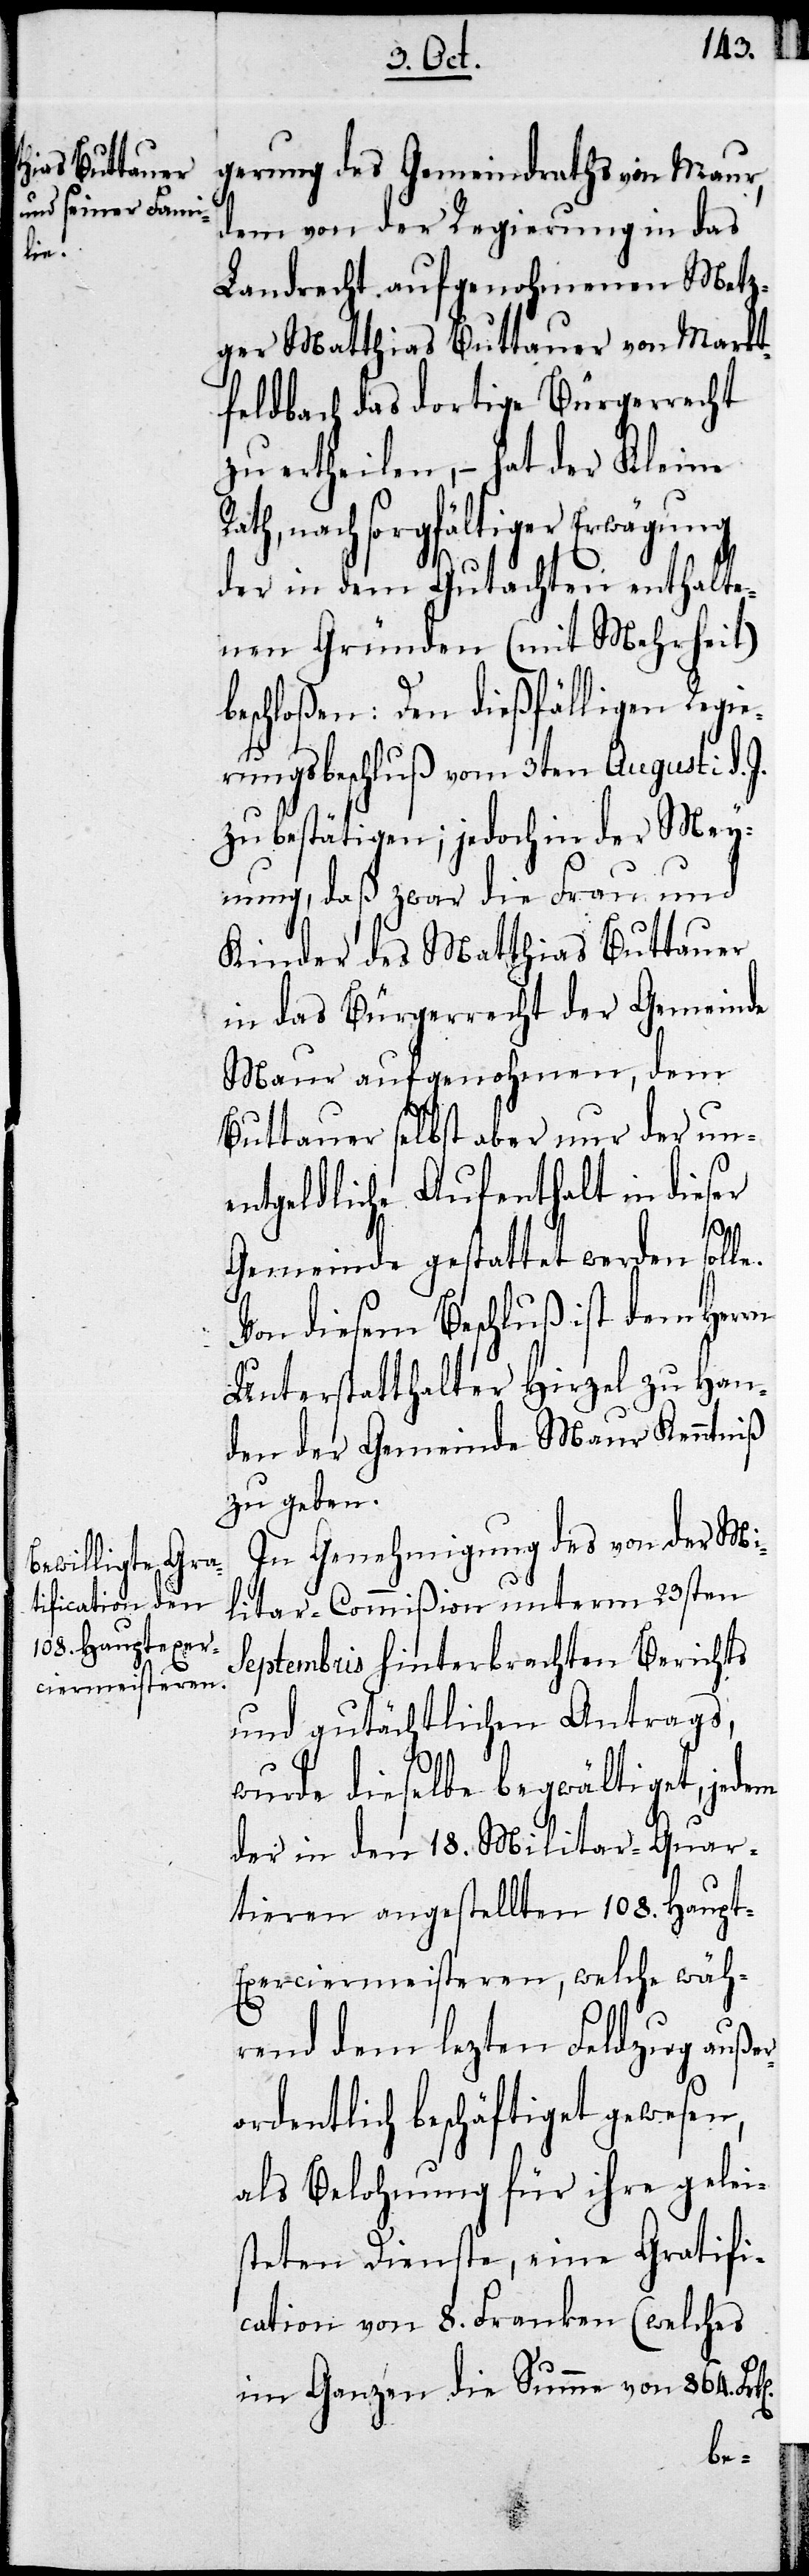
le.

gerung des Gemeindraths von Maur,
dem von der Regierung in das
Landrecht aufgenohmenen Metz¬
ger Matthias Buttauer von Markt¬
feldbach das dortige Bürgerrecht
zu ertheilen, – hat der Kleine
ath, nach sorgfältiger Erwägung
der in dem Gutachten enthalte¬
nen Gründen (mit Mehrheit)
beschloßen: Den dießfälligen Regie¬
rungsbeschluß vom 3ten Augusti d.
zu bestätigen; jedoch in der Mey¬
nung, daß zwar die Frau und
Kinder des Matthias Buttauer
in das Bügerrecht der Gemeinde
Maur aufgenohmen, dem
Buttauer selbst aber nur der un¬
entgeldliche Aufenthalt in dieser
Gemeinde gestattet werden sol¬
Von diesem Beschluß ist dem Herr
Unterstatthalter Hirzel zu Han¬
den der Gemeinde Maur Kenntniß
zu geben.
In Genehmigung des von der Mi¬
litar-Commißion unterm 23sten
Septembris hinterbrachten Berichts
und gutächtlichen Antrags,
R¬
wurde dieselbe begwältiget, jedem
der in den 18. Militar-Quar¬
tieren angestellten 108. Haupt-E¬
xerciermeisteren, welche wäh¬
rend dem lezten Feldzug außer¬
ordentlich beschäftiget gewesen,
als Belohnung für ihre gelei¬
steten Dienste, eine Gratifi¬
cation von 8. Franken (welches
im Ganzen die Summe von 864. Frk.